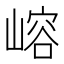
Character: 嵱